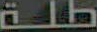
طلة